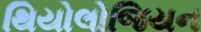
થિયોલોજિયન